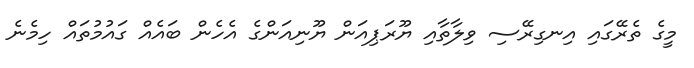
މީގެ ތެރޭގައި އިނގިރޭސި ވިލާތާއި ޔޫރަޕިއަން ޔޫނިއަންގެ އެހެން ބައެއް ގައުމުތައް ހިމެނެ